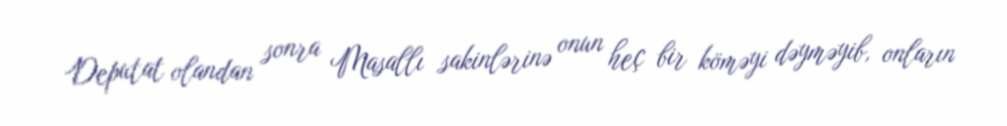
Deputat olandan sonra Masallı sakinlərinə onun heç bir köməyi dəyməyib, onların